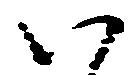
い